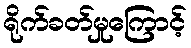
ရိုက်ခတ်မှုကြောင့်